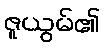
ဇူယွမ်၏